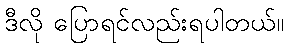
ဒီလို ပြောရင်လည်းရပါတယ်။